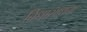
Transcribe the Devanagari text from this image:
विधासाधना